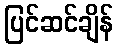
ပြင်ဆင်ချိန်